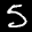
Label: 5